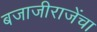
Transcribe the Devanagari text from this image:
बजाजीराजेंचा